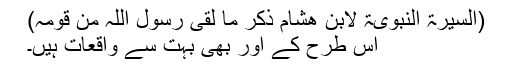
(السیرۃ النبویۃ لابن ھشام ذکر ما لقی رسول اللہ من قومہ)
اس طرح کے اور بھی بہت سے واقعات ہیں۔